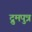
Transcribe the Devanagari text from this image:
द्रुमपुत्र